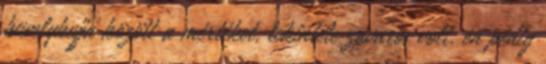
hüvelykujja között a mértéket, tekintete zavaros volt, én pedig